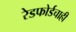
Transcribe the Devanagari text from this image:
रेडफोर्डचाही